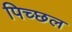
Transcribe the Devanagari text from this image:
पिच्छल